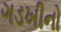
ગડખીનો